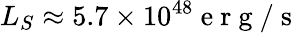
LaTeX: L_{S}\approx 5.7\times 10^{48}\mathrm{~e~r~g~}/\mathrm{~s~}